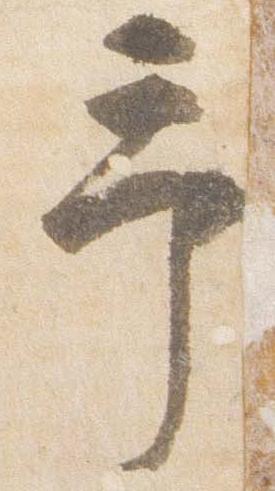
予